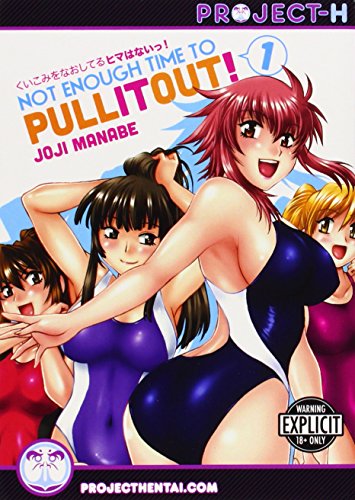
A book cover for Not Enough Time to Pull It Out! Volume 1 (Hentai Manga); Joji Manabe; Comics & Graphic Novels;